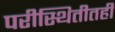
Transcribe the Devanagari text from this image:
परीस्थितीतही